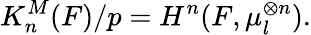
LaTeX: K_{n}^{M}(F)/p=H^{n}(F,\mu_{l}^{\otimes n}).